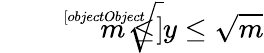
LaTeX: {\sqrt[[objectObject]]{m}}\leq y\leq{\sqrt{m}}